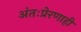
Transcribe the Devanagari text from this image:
अंतःप्रेरणाही